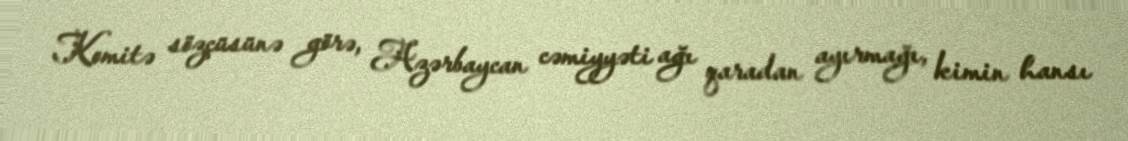
Komitə sözçüsünə görə, Azərbaycan cəmiyyəti ağı qaradan ayırmağı, kimin hansı